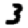
Digit: 3